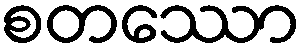
စတဿော